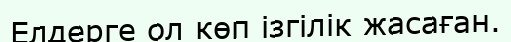
Елдерге ол көп ізгілік жасаған.